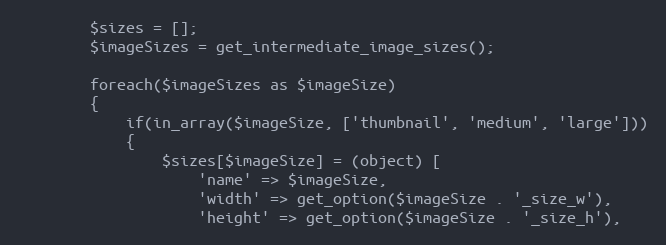
Language: PHP
        $sizes = [];
        $imageSizes = get_intermediate_image_sizes();

        foreach($imageSizes as $imageSize)
        {
            if(in_array($imageSize, ['thumbnail', 'medium', 'large']))
            {
                $sizes[$imageSize] = (object) [
                    'name' => $imageSize,
                    'width' => get_option($imageSize . '_size_w'),
                    'height' => get_option($imageSize . '_size_h'),